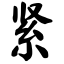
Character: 紧